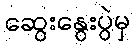
ဆွေးနွေးပွဲမှ